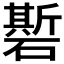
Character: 𰧣